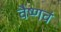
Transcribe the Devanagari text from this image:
वैष्णवं